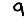
Digit: 9